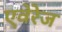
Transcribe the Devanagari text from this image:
एवेरेज